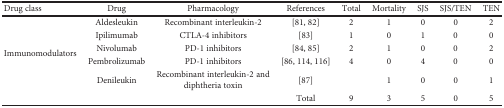
<table><thead><tr><td><b>Drug class</b></td><td><b>Drug</b></td><td><b>Pharmacology</b></td><td><b>References</b></td><td><b>Total</b></td><td><b>Mortality</b></td><td><b>SJS</b></td><td><b>SJS/TEN</b></td><td><b>TEN</b></td></tr></thead><tbody><tr><td rowspan="5">Immunomodulators</td><td>Aldesleukin</td><td>Recombinant interleukin-2</td><td>[81, 82]</td><td>2</td><td>1</td><td>0</td><td>0</td><td>2</td></tr><tr><td>Ipilimumab</td><td>CTLA-4 inhibitors</td><td>[83]</td><td>1</td><td>0</td><td>1</td><td>0</td><td>0</td></tr><tr><td>Nivolumab</td><td>PD-1 inhibitors</td><td>[84, 85]</td><td>2</td><td>1</td><td>0</td><td>0</td><td>2</td></tr><tr><td>Pembrolizumab</td><td>PD-1 inhibitors</td><td>[86, 114, 116]</td><td>4</td><td>0</td><td>4</td><td>0</td><td>0</td></tr><tr><td>Denileukin</td><td>Recombinant interleukin-2 and diphtheria toxin</td><td>[87]</td><td></td><td>1</td><td>0</td><td>0</td><td>1</td></tr><tr><td></td><td></td><td></td><td>Total</td><td>9</td><td>3</td><td>5</td><td>0</td><td>5</td></tr></tbody></table>